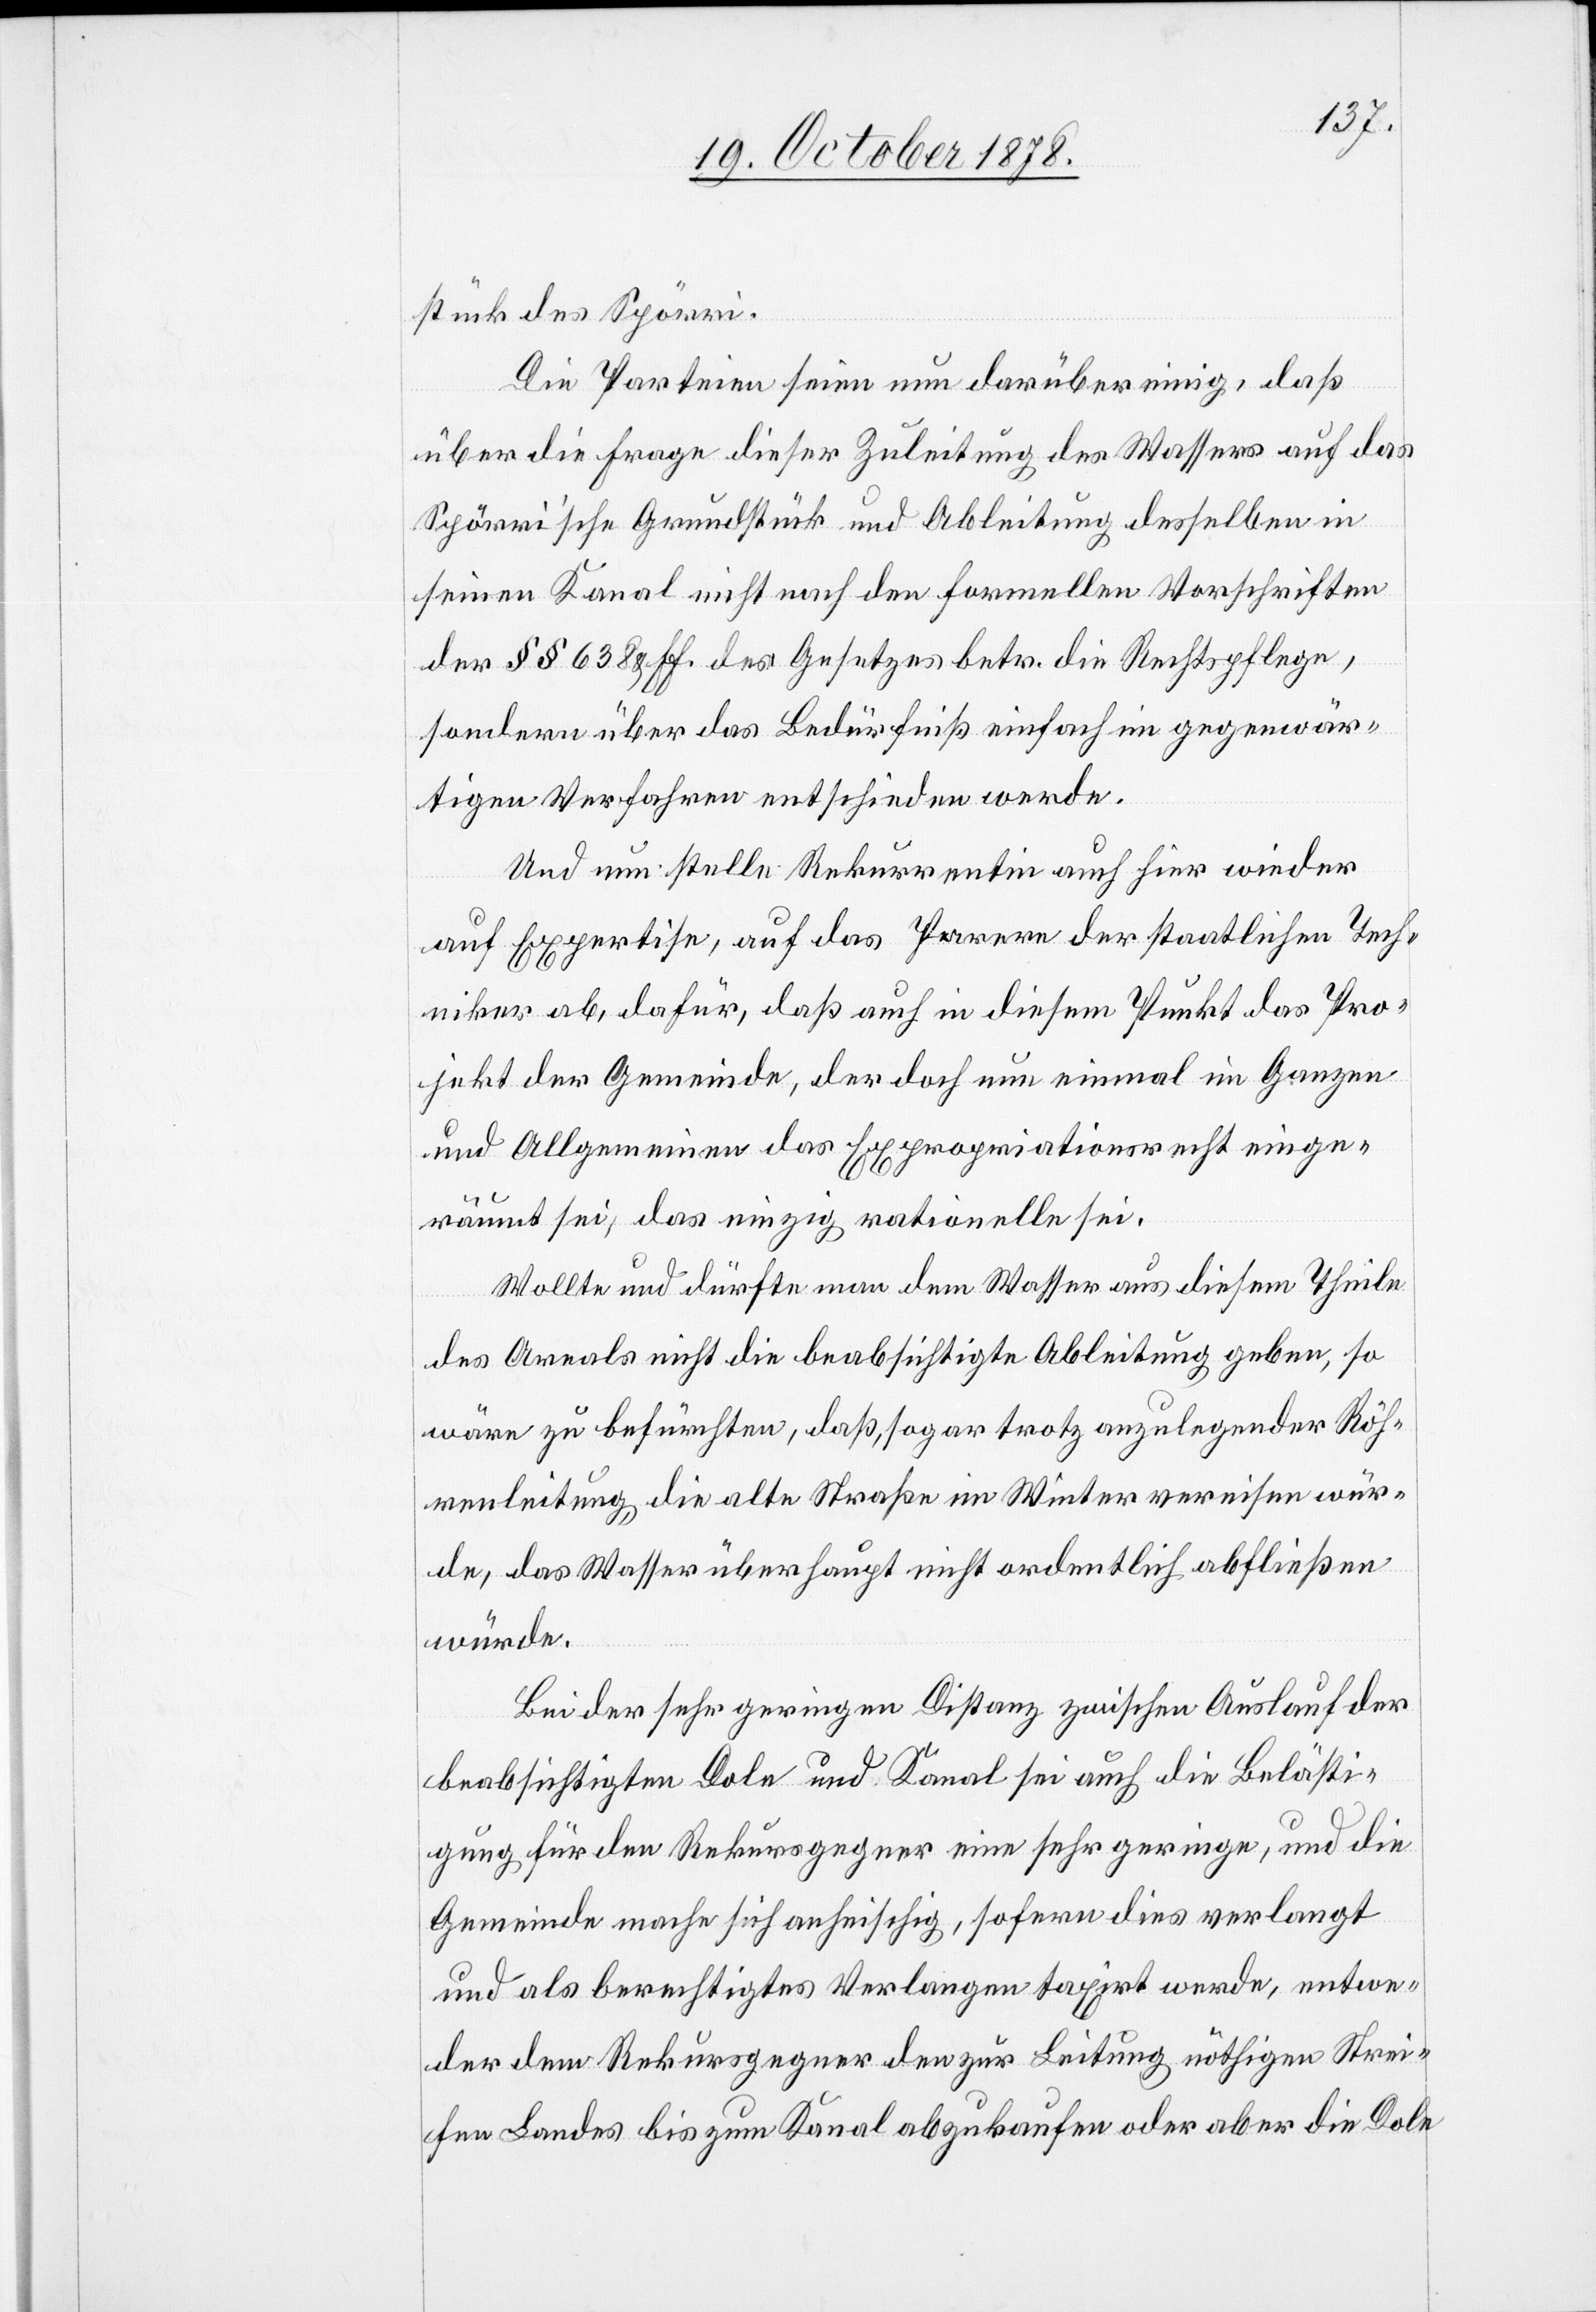
stück des Spörri.
Die Parteien seien nun darüber einig, daß
über die Frage dieser Zuleitung des Wassers auf das
Spörri’sche Grundstück und Ableitung desselben in
seinen Kanal nicht nach den formellen Vorschriften
der §§ 638 & ff. des Gesetzes betr. die Rechtspflege,
sondern über das Bedürfniß einfach im gegenwär¬
tigen Verfahren entschieden werde.
Und nun stelle Rekurrentin auch hier wieder
auf Expertise, auf das Parrere [sic!] der staatlichen Tech¬
niker ab, dafür, daß auch in diesem Punkt das Pro¬
jekt der Gemeinde, der doch nun einmal im Ganzen
und Allgemeinen das Expropriationsrecht einge¬
räumt sei, das einzig rationelle sei.
Wollte und dürfte man dem Wasser aus diesem Theile
des Areals nicht die beabsichtigte Ableitung geben, so
wäre zu befürchten, daß, sogar trotz anzulegender Röh¬
renleitung die alte Straße im Winter vereisen wür¬
de, das Wasser überhaupt nicht ordentlich abfließen
würde.
Bei der sehr geringen Distanz zwischen Auslauf der
beabsichtigten Dole und Kanal sei auch die Belästi¬
gung für den Rekursgegner eine sehr geringe, und die
Gemeinde mache sich anheischig, sofern dies verlangt
und als berechtigtes Verlangen taxirt werde, entwe¬
der dem Rekursgegner den zur Leitung nöthigen Strei¬
fen Landes bis zum Kanal abzukaufen oder aber die Dole